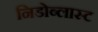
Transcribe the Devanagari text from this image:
निडोब्लास्ट